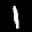
Label: 1